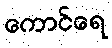
ကောင်ရေ